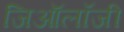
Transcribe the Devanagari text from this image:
जिऑलॉजी